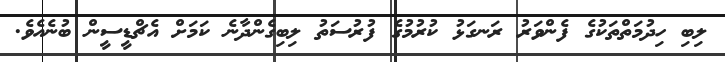
ލިބި ހިދުމަތްތަކުގެ ފެންވަރު ރަނގަޅު ކުރުމުގެ ފުރުސަތު ލިބިގެންދާނެ ކަމަށް އެޗްޑީސީން ބުނެއެވެ.